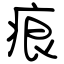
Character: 痕